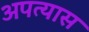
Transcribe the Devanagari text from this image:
अपत्यास